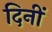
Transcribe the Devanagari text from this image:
दिनीं